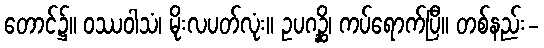
တောင်၌။ ဝဿဝါသံ၊ မိုးလပတ်လုံး။ ဥပဂဉ္ဆိ၊ ကပ်ရောက်ပြီ။ တစ်နည်း-